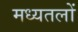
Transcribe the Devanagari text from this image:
मध्यतलों